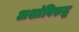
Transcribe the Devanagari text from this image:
अशांविरुद्ध